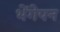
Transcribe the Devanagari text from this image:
भेंगेपन